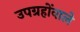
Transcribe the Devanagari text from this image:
उपग्रहोंवाले